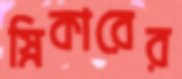
স্নিকারের